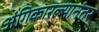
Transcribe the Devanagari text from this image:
अंगिकारल्यानंतर